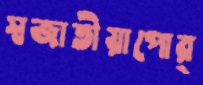
স্বজাতীয়াপোর্